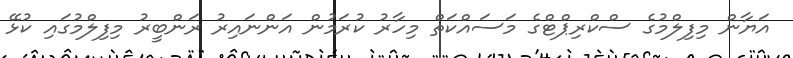
އަޔާން މިފިލްމުގެ ސްކްރިޕްޓްގެ މަސައްކަތް މިހާރު ކުރަމުން އަންނައިރު ރަންބީރު މިފިލްމުގައި ކުޅޭ